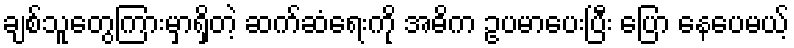
ချစ်သူတွေကြားမှာရှိတဲ့ ဆက်ဆံရေးကို အဓိက ဥပမာပေးပြီး ပြော နေပေမယ့်